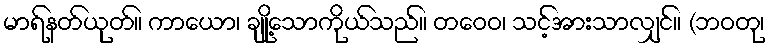
မာရ်နတ်ယုတ်။ ကာယော၊ ချို့သောကိုယ်သည်။ တဝေဝ၊ သင့်အားသာလျှင်။ (ဘဝတု၊